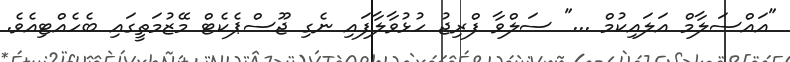
"އައްސަލާމް އަލައިކުމް ..." ސަލްވާ ފްރިޖު ހުޅުވާލާފައި ނެގި ޖޫސްޕެކެޓް މޭޒުމަތީގައި ބެހެއްޓިއެވެ.